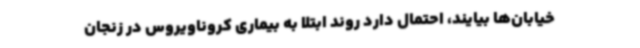
خیابان‌ها بیایند، احتمال دارد روند ابتلا به بیماری کروناویروس در زنجان